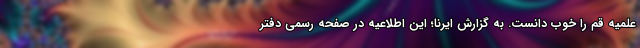
علمیه قم را خوب دانست. به گزارش ایرنا؛ این اطلاعیه در صفحه رسمی دفتر